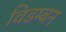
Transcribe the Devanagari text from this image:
विडम्बन